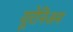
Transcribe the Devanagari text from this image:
यूरेनिअम